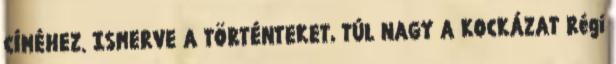
CÍMÉHEZ. ISMERVE A TÖRTÉNTEKET, TÚL NAGY A KOCKÁZAT Régi